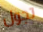
تجول